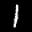
Label: 1